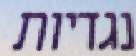
נגדיות